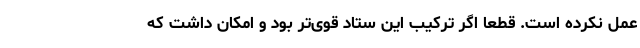
عمل نکرده است. قطعا اگر ترکیب این ستاد قوی‌تر بود و امکان داشت که